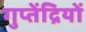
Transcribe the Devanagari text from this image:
गुप्तेंद्रियों